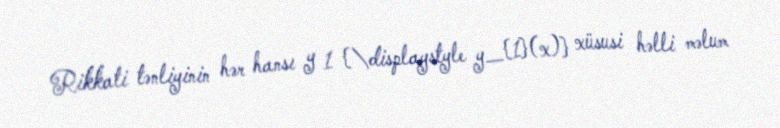
Rikkati tənliyinin hər hansı y 1 {\displaystyle y_{1}(x)} xüsusi həlli məlum